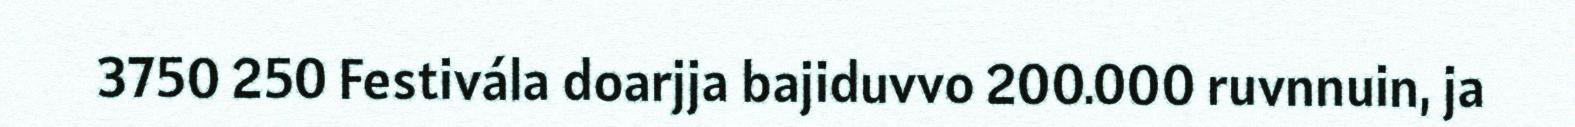
3750 250 Festivála doarjja bajiduvvo 200.000 ruvnnuin, ja